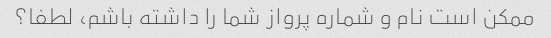
ممکن است نام و شماره پرواز شما را داشته باشم، لطفا؟